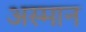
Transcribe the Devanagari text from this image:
अस्मान